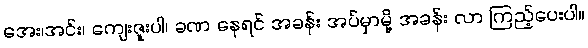
အေး၊အင်း၊ ကျေးဇူးပါ၊ ခဏ နေရင် အခန်း အပ်မှာမို့ အခန်း လာ ကြည့်ပေးပါ။